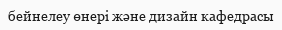
бейнелеу өнері және дизайн кафедрасы